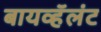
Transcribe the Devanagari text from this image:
बायव्हॅलंट